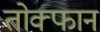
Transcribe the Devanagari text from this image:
तोक्फान